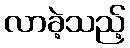
လာခဲ့သည့်